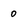
Character: 0